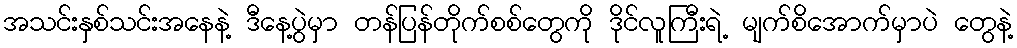
အသင်းနှစ်သင်းအနေနဲ့ ဒီနေ့ပွဲမှာ တန်ပြန်တိုက်စစ်တွေကို ဒိုင်လူကြီးရဲ့ မျက်စိအောက်မှာပဲ တွေနဲ့